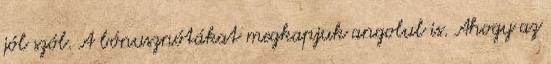
jól szól. A bónusznótákat megkapjuk angolul is. Ahogy az